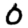
Digit: 0